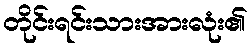
တိုင်းရင်းသားအားလုံး၏